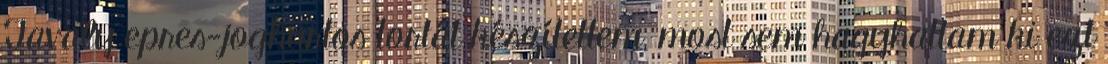
Tavaly epres-joghurtos tortát készítettem, most sem hagyhattam ki ezt